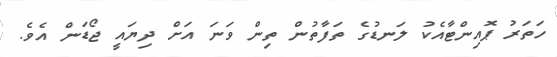
ހަތަރު ޕޮއިންޓާއެކު ލަނޑުގެ ތަފާތުން ތިން ވަނަ އަށް ދިޔައީ ޖޯޑަން އެވެ.